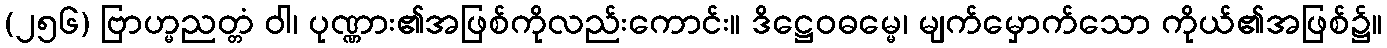
(၂၅၆) ဗြာဟ္မညတ္တံ ဝါ၊ ပုဏ္ဏား၏အဖြစ်ကိုလည်းကောင်း။ ဒိဋ္ဌေဝဓမ္မေ၊ မျက်မှောက်သော ကိုယ်၏အဖြစ်၌။